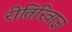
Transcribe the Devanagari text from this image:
रीतिरिवाज़